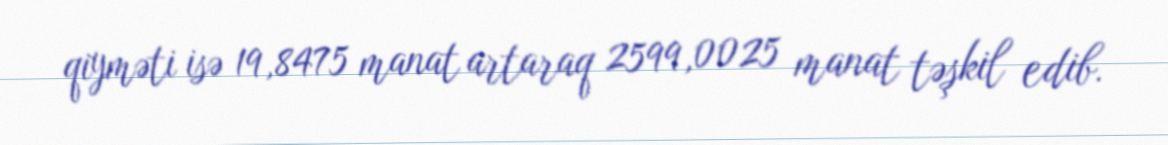
qiyməti isə 19,8475 manat artaraq 2599,0025 manat təşkil edib.